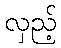
လှည့်